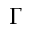
\Gamma